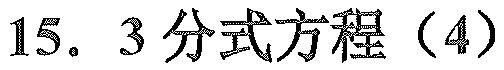
15. 3分式方程（4）